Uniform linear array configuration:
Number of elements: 32
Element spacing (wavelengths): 1
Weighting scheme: hamming
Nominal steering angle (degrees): -60
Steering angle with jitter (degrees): -60.612
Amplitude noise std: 0.05
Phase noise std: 0.05

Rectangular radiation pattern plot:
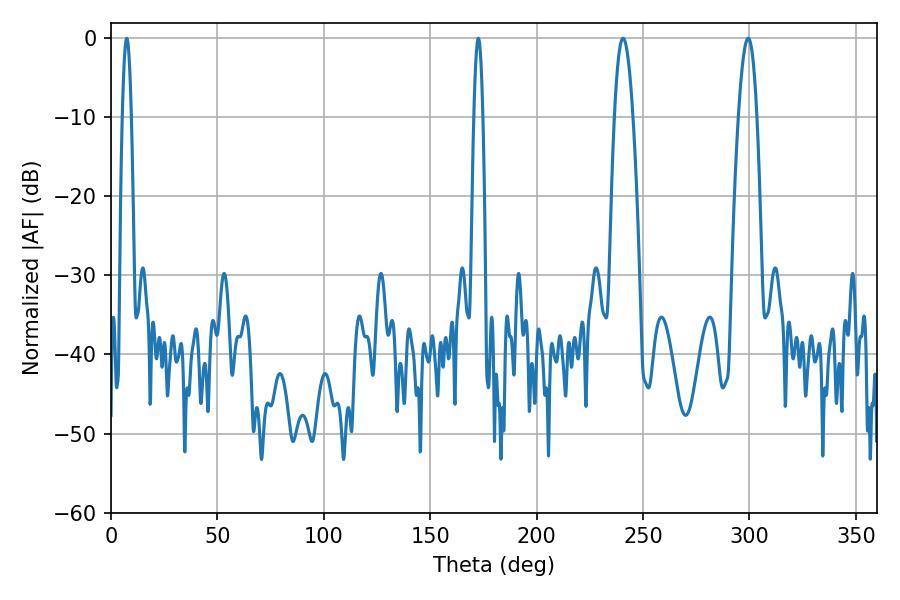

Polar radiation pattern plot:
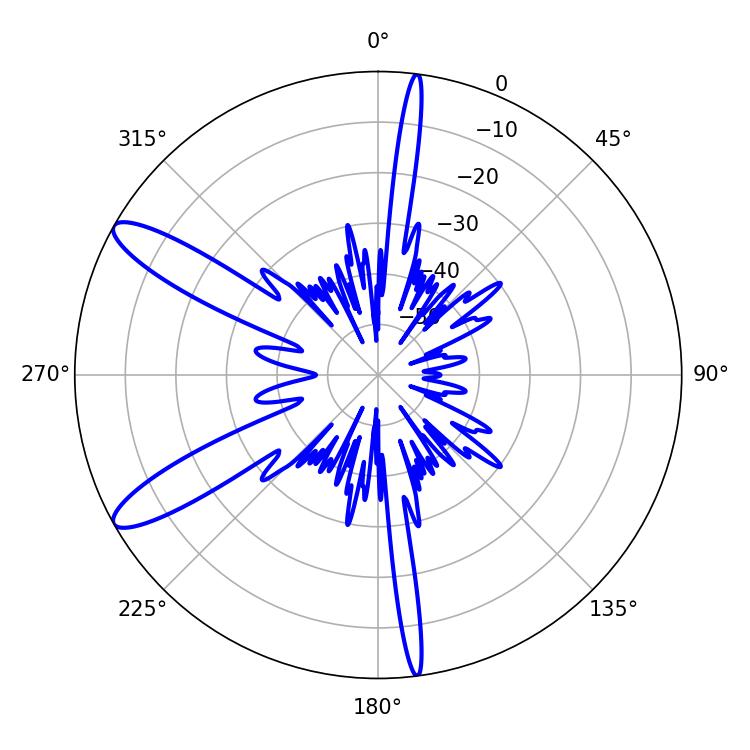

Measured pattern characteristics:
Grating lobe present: TRUE
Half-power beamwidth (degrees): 2.16
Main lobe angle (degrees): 172.62